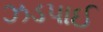
ઝડપાઈ